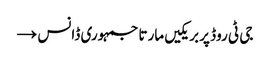
جی ٹی روڈ پر بریکیں مارتا جمہوری ڈانس →